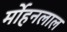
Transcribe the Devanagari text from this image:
र्मोहनलाल